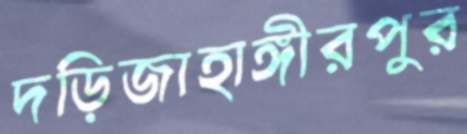
দড়িজাহাঙ্গীরপুর